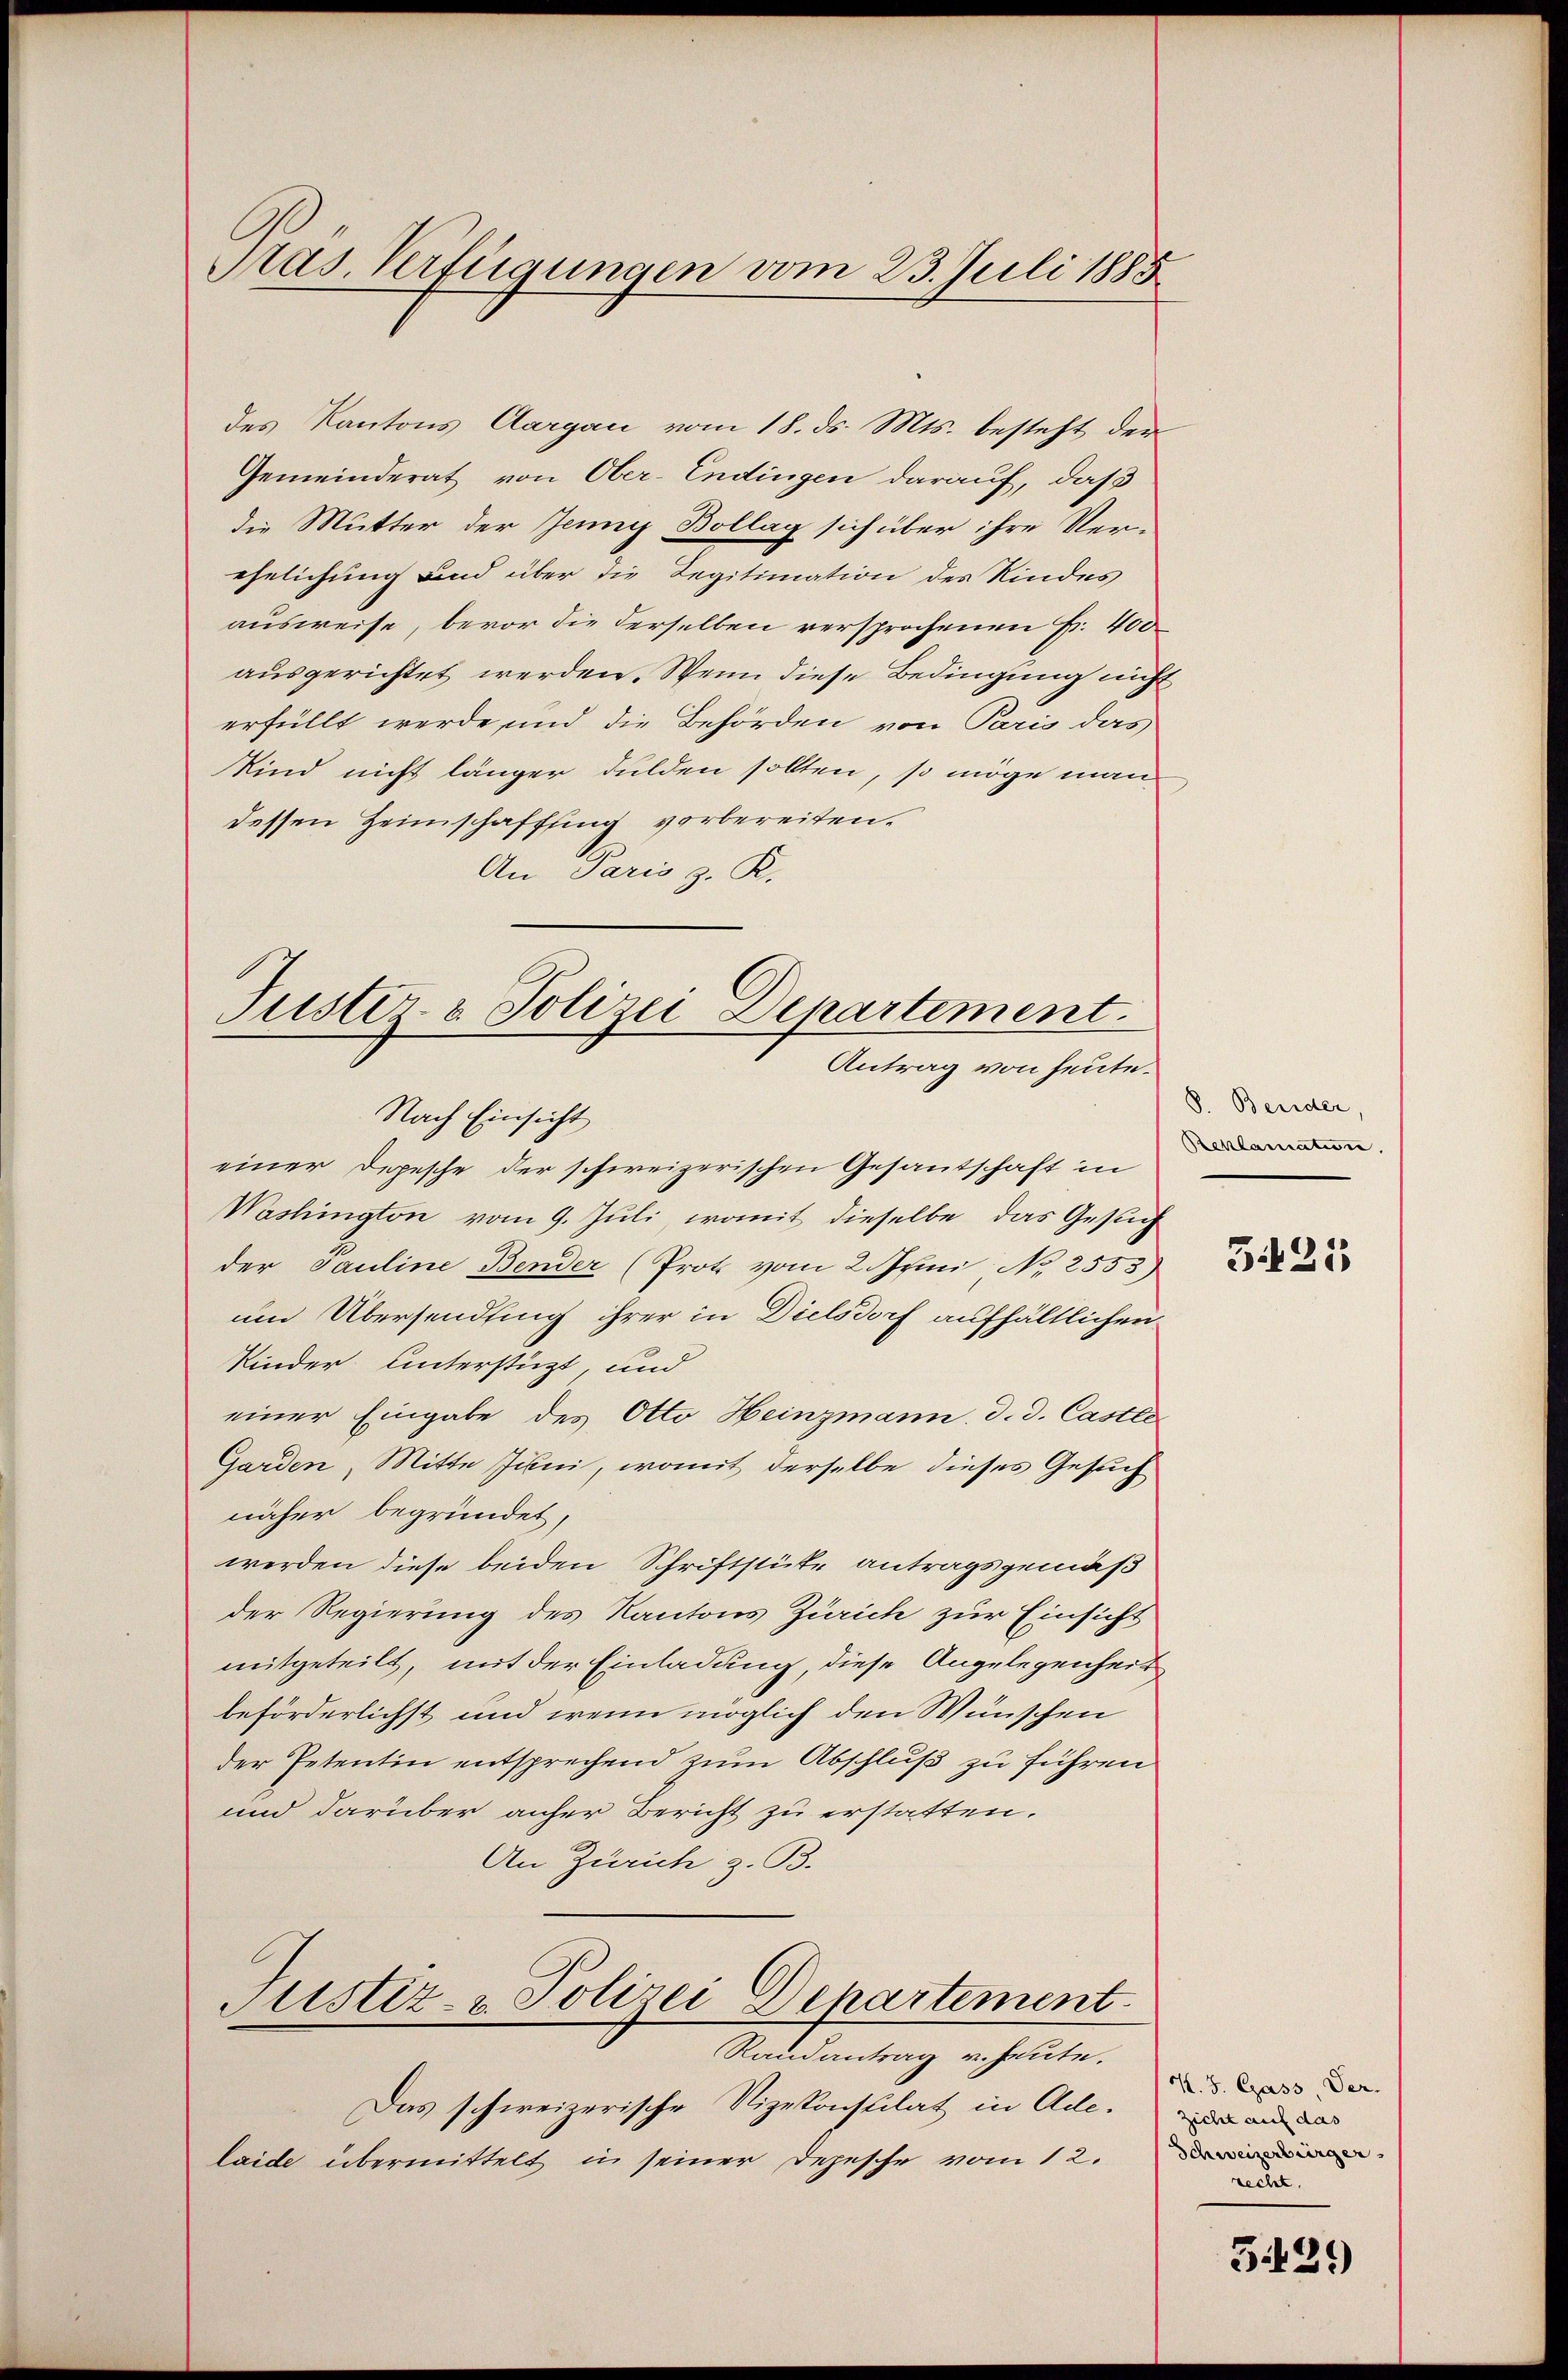
Pras. Verfügungen vom 23. Juli 1885

des Kantons Aargau vom 18. ds. Mts. besteht, der
Gemeinderat von Ober-Endingen darauf, daß
die Mutter der Juny Bollag sich über ihre Ver-
ehelichung und über die Legitimation des Kindes
ausweise, bevor die derselben versprochenen Fr. 400
ausgerichtet werden. Wenn diese Bedingung nicht
erfüllt werde und die Behörden von Paris das
Kind nicht länger dulden sollten, so möge man
dessen Heimschaffung vorbereiten.
An Paris z. K.
Tuster- & Polizei Departement.

Antrag von heute.
Nach Einsicht

einer Depesche der schweizerischen Gesantschaft in
Washington vom 9. Juli, womit dieselbe das Gesuch
der Pauline Bender (Prot vom 2. Juni No 2553)
um Übersendling ihrer in Dielsdorf aufhältlichen
Kinder Unterstüzt, und
einer Eingabe des Otto Heinzmann. d. d. Castle-
Garden, Mitte Juni, womit derselbe dieses Gesuch
näher begründet,
werden diese beiden Schriftstüke antragsgemäß
der Regierung des Kantons Zürich zur Einsicht
mitgeteilt, mit der Einladung, diese Angelegenheit
beförderlichst und wenn möglich den Wünschen
der Petentin entsprechend zum Abschluß zu führen
und darüber anher Bericht zu erstatten.
An Zürich z. B.
Justiz- & Polizei Departement.
Randantrag u. heute.
Das schweizerische Vizekonsulat in Ade.
laide übermittelt in seiner Depesche vom 12.

8. Beider,
Reklamatione,

5421

K. J. Gass, Ver-
recht.

539)